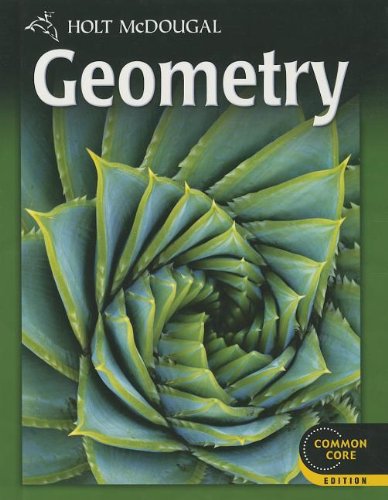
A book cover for Holt McDougal Geometry: Student Edition 2012; HOLT MCDOUGAL; Teen & Young Adult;